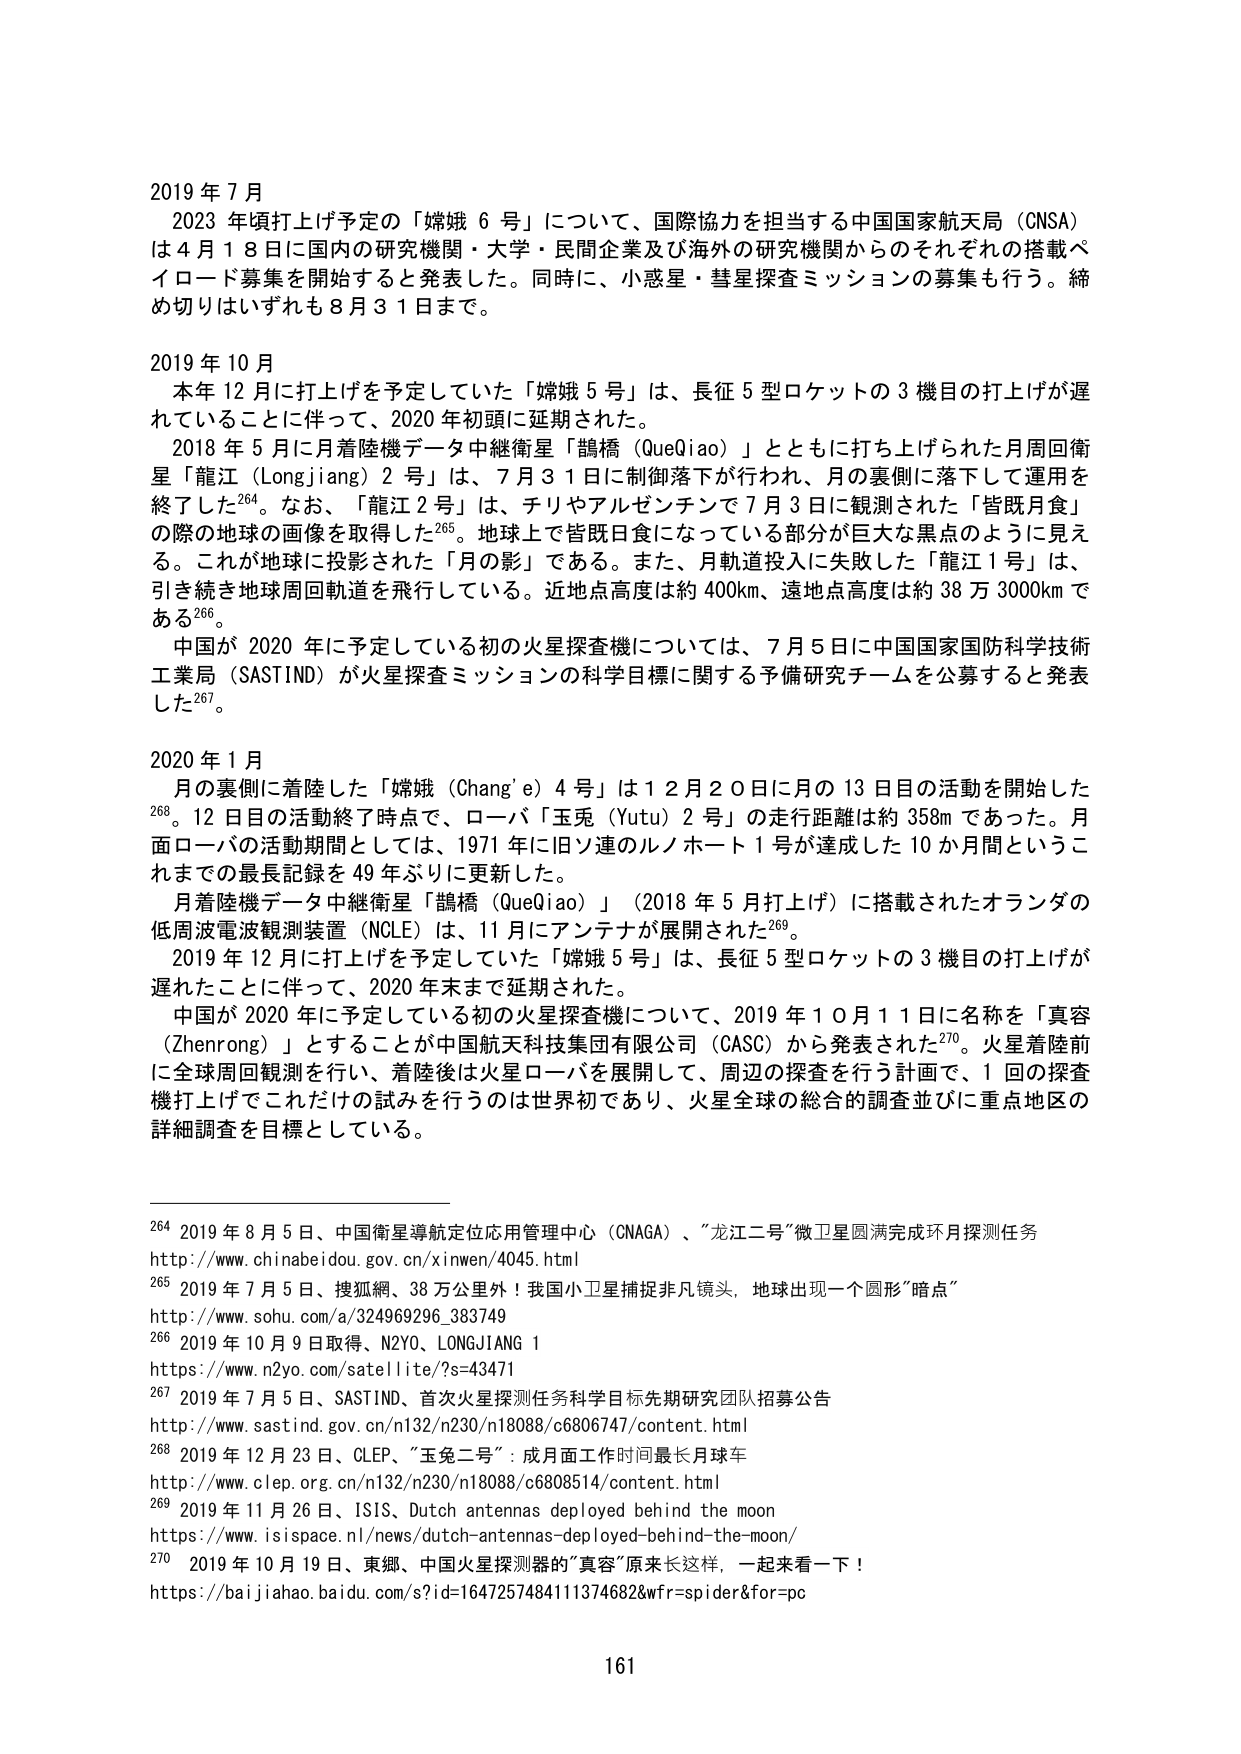
2019 年 7 月
　2023 年頃打上げ予定の「嫦娥 6 号」について、国際協力を担当する中国国家航天局（CNSA）は 4 月 18 日に国内の研究機関・大学・民間企業及び海外の研究機関からのそれぞれの搭載ペイロード募集を開始すると発表した。同時に、小惑星・彗星探査ミッションの募集も行う。締め切りはいずれも 8 月 31 日まで。

2019 年 10 月
　本年 12 月に打上げを予定していた「嫦娥 5 号」は、長征 5 型ロケットの 3 機目の打上げが遅れることに伴って、2020 年初頭に延期された。
　2018 年 5 月に月着陸機データ中継衛星「鵲橋（QueQiao）」とともに打ち上げられた月周回衛星「龍江（Longjiang）2 号」は、7 月 31 日に制御落下が行われ、月の裏側に落下して運用を終了した264。なお、「龍江 2 号」は、チリやアルゼンチンで 7 月 3 日に観測された「皆既月食」の際の地球の画像を取得した265。地球上で皆既日食になっている部分が巨大な黒点のように見える。これが地球に投影された「月の影」である。また、月軌道投入に失敗した「龍江 1 号」は、引き続き地球周回軌道を飛行している。近地点高度は約 400km、遠地点高度は約 38 万 3000km である266。
　中国が 2020 年に予定している初の火星探査機については、7 月 5 日に中国国家国防科学技術工業局（SASTIND）が火星探査ミッションの科学目標に関する予備研究チームを公募すると発表した267。

2020 年 1 月
　月の裏側に着陸した「嫦娥（Chang’e）4 号」は 12 月 20 日に月の 13 日目の活動を開始した268。12 日目の活動終了時点で、ローバ「玉兎（Yutu）2 号」の走行距離は約 358m であった。月面ローバの活動期間としては、1971 年に旧ソ連のルノホート 1 号が達成した 10 か月間というこれまでの最長記録を 49 年ぶりに更新した。
　月着陸機データ中継衛星「鵲橋（QueQiao）」（2018 年 5 月打上げ）に搭載されたオランダの低周波電波観測装置（NCLE）は、11 月にアンテナが展開された269。
　2019 年 12 月に打上げを予定していた「嫦娥 5 号」は、長征 5 型ロケットの 3 機目の打上げが遅れたことに伴って、2020 年末まで延期された。
　中国が 2020 年に予定している初の火星探査機について、2019 年 10 月 11 日に名称を「真容（Zhenrong）」とすることが中国航天科技集团有限公司（CASC）から発表された270。火星着陸前に全球周回観測を行い、着陸後は火星ローバを展開して、周辺の探査を行う計画で、1 回の探査機打上げでこれだけの試みを行うのは世界初であり、火星全球の総合的調査並びに重点地区の詳細調査を目標としている。

264 2019 年 8 月 5 日、中国衛星導航定位応用管理中心（CNAGA）、“龙江二号”微卫星圆满完成环月探测任务
http://www.chinabeidou.gov.cn/xinwen/4045.html
265 2019 年 7 月 5 日、搜狐網、38 万公里外！我国小卫星捕捉非凡镜头，地球出现一个圆形“暗点”
http://www.sohu.com/a/324969296_383749
266 2019 年 10 月 9 日取得、N2YO、LONGJIANG 1
https://www.n2yo.com/satellite/?s=43471
267 2019 年 7 月 5 日、SASTIND、首次火星探测任务科学目标先期研究团队招募公告
http://www.sastind.gov.cn/n132/n230/n18088/c6806747/content.html
268 2019 年 12 月 23 日、CLEP、“玉兔二号”：成月面工作时间最长月球车
http://www.clep.org.cn/n132/n230/n18088/c6808514/content.html
269 2019 年 11 月 26 日、ISIS、Dutch antennas deployed behind the moon
https://www.isispace.nl/news/dutch-antennas-deployed-behind-the-moon/
270 2019 年 10 月 19 日、東郷、中国火星探測器的“真容”原来长这样，一起来看一下！
https://baijiahao.baidu.com/s?id=1647257484111374682&wfr=spider&for=pc

161